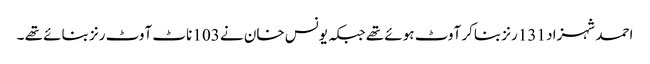
احمد شہزاد 131 رنز بناکر آوٹ ہوئے تھے جبکہ یونس خان نے 103 ناٹ آوٹ رنز بنائے تھے ۔